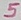
Text: 5